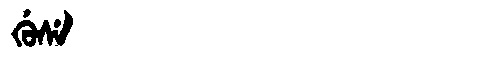
Manchu: ᡤᡠᠰᡝ
Romanization: GUSE